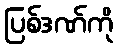
ပြစ်ဒဏ်ကို